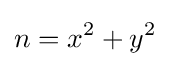
n=x^{2}+y^{2}